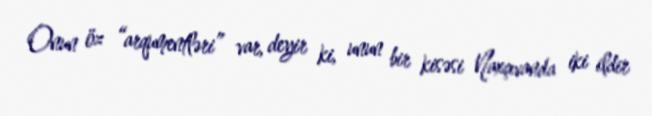
Onun öz “arqumentləri” var, deyir ki, unun bir kisəsi Naxçıvanda iki ildir